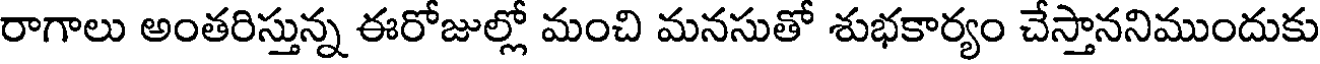
రాగాలు అంతరిస్తున్న ఈరోజుల్లో మంచి మనసుతో శుభకార్యం చేస్తాననిముందుకు